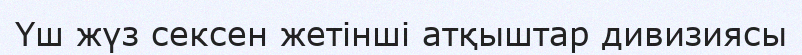
Үш жүз сексен жетінші атқыштар дивизиясы